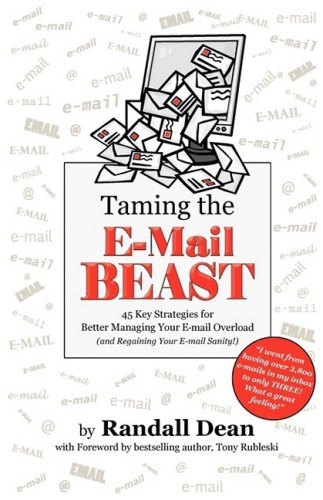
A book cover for Taming The Email Beast; Randall Dean; Computers & Technology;